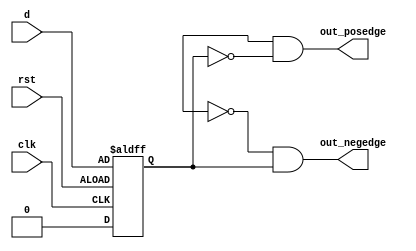
module edge_detector (
    input  d,
    input  clk,
    input  rst,
    output out_posedge,
    output out_negedge
);

reg q;

    always @(posedge clk or negedge rst)
    begin
        
        if (rst) begin
            q <= 1'b0;
        end

        else begin
            q <= d;
        end

    end

    assign out_posedge = D &~q;                     // Positive Edge Detection Logic
    assign out_negedge = ~D &q;                     // Negative Edge Detection Logic

endmodule